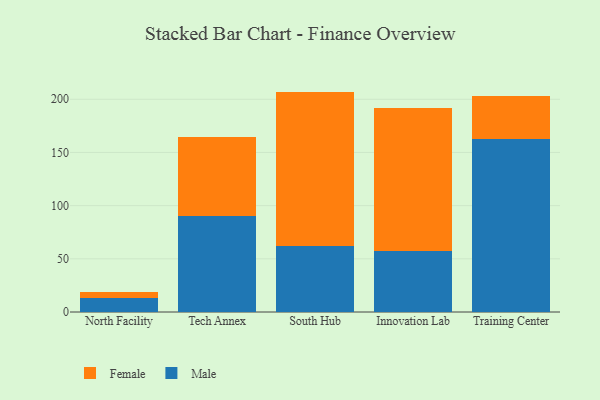
{"axis": {"x": "Campus", "y": "Tickets Resolved"}, "legend": ["Female", "Male"], "data": [{"x": "North Facility", "y": 12.8, "type": "Male"}, {"x": "North Facility", "y": 6.4, "type": "Female"}, {"x": "Tech Annex", "y": 90.0, "type": "Male"}, {"x": "Tech Annex", "y": 74.4, "type": "Female"}, {"x": "South Hub", "y": 61.8, "type": "Male"}, {"x": "South Hub", "y": 145.4, "type": "Female"}, {"x": "Innovation Lab", "y": 57.6, "type": "Male"}, {"x": "Innovation Lab", "y": 133.8, "type": "Female"}, {"x": "Training Center", "y": 162.8, "type": "Male"}, {"x": "Training Center", "y": 40.4, "type": "Female"}]}